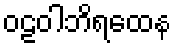
ဝဠဝါဘိရထေန